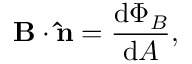
\mathbf { B } \cdot \mathbf { \hat { n } } = { \frac { \mathrm { d } \Phi _ { B } } { \mathrm { d } A } } , \,